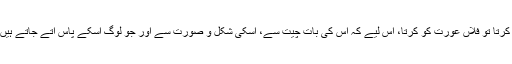
آپؐ نے فرمایا، “اگر میں گواہوں کے بغیر کسی کو رجم کرتا تو فلاں عورت کو کرتا، اس لیے کہ اس کی بات چیت سے، اسکی شکل و صورت سے اور جو لوگ اسکے پاس آتے جاتے ہیں، اس سے اسکا فاحشہ ہونا ظاہر ہوچکا ہے” (ابنِ ماجہ)۔